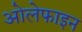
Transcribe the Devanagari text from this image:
ओलेफाइन